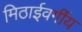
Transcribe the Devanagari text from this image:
मिठाईवर्गीय